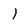
Character: l